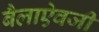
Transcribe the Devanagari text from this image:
बैलाऐवजी